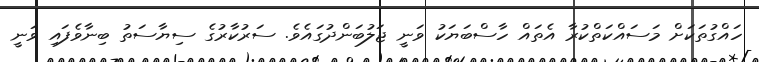
ހައްގުތަކަށް މަސައްކަތްކުރާ އެތައް ހާސްބަޔަކު ވަނީ ޖަލުބަންދުގައެވެ. ސަރުކާރުގެ ސިޔާސަތު ބިނާވެފައި ވަނީ